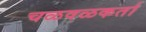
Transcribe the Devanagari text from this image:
चळवळकर्ता